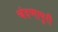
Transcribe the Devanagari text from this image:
चंदणापुरी